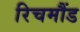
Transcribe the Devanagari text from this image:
रिचमौंड